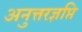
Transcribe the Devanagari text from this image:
अनुत्तरज्ञप्ति